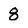
Character: 8